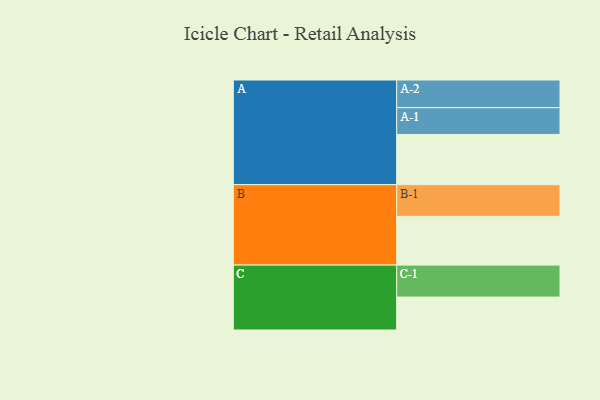
{"axis": {"x": "Segment", "y": "Value"}, "legend": ["", "A", "B", "C"], "data": [{"x": "A", "y": 470, "type": ""}, {"x": "B", "y": 456, "type": ""}, {"x": "C", "y": 308, "type": ""}, {"x": "A-1", "y": 250, "type": "A"}, {"x": "A-2", "y": 259, "type": "A"}, {"x": "B-1", "y": 296, "type": "B"}, {"x": "C-1", "y": 299, "type": "C"}]}